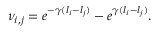
\nu _ { i , j } = e ^ { - \gamma ( l _ { i } - l _ { j } ) } - e ^ { \gamma ( l _ { i } - l _ { j } ) } .